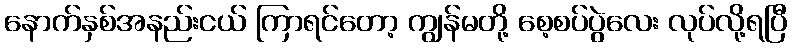
နောက်နှစ်အနည်းငယ် ကြာရင်တော့ ကျွန်မတို့ စေ့စပ်ပွဲလေး လုပ်လို့ရပြီ